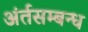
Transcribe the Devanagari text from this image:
अंर्तसम्बन्ध